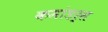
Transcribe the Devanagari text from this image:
कमांडर्स